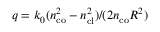
q = k _ { 0 } ( n _ { \mathrm { c o } } ^ { 2 } - n _ { \mathrm { c l } } ^ { 2 } ) / ( 2 n _ { \mathrm { c o } } R ^ { 2 } )